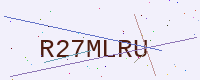
Text: R27MLRU